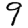
Digit: 9